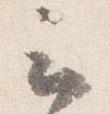
云